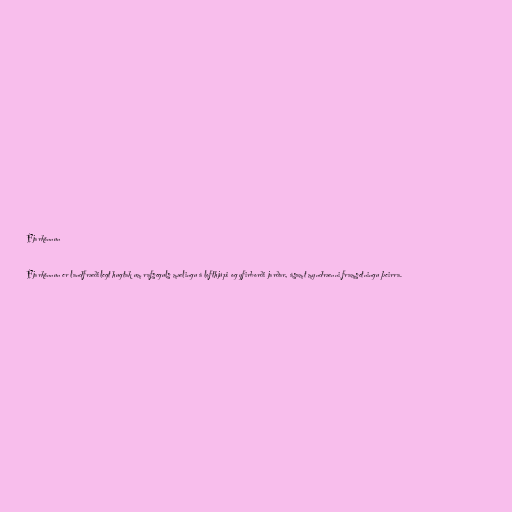
Fjarkönnun

Fjarkönnun er landfræðilegt hugtak um rafseguls mælingu á lofthjúpi og yfirborði jarðar, ásamt myndrænni framsetningu þeirra.